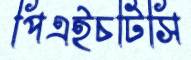
পিএইচটিসি